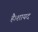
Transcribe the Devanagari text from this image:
है।शायद